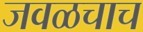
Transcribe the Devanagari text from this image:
जवळचाच